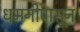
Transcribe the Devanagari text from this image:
धमनीपासून